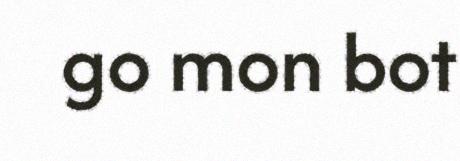
go mon bot